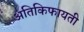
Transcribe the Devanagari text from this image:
अतिकिफायती